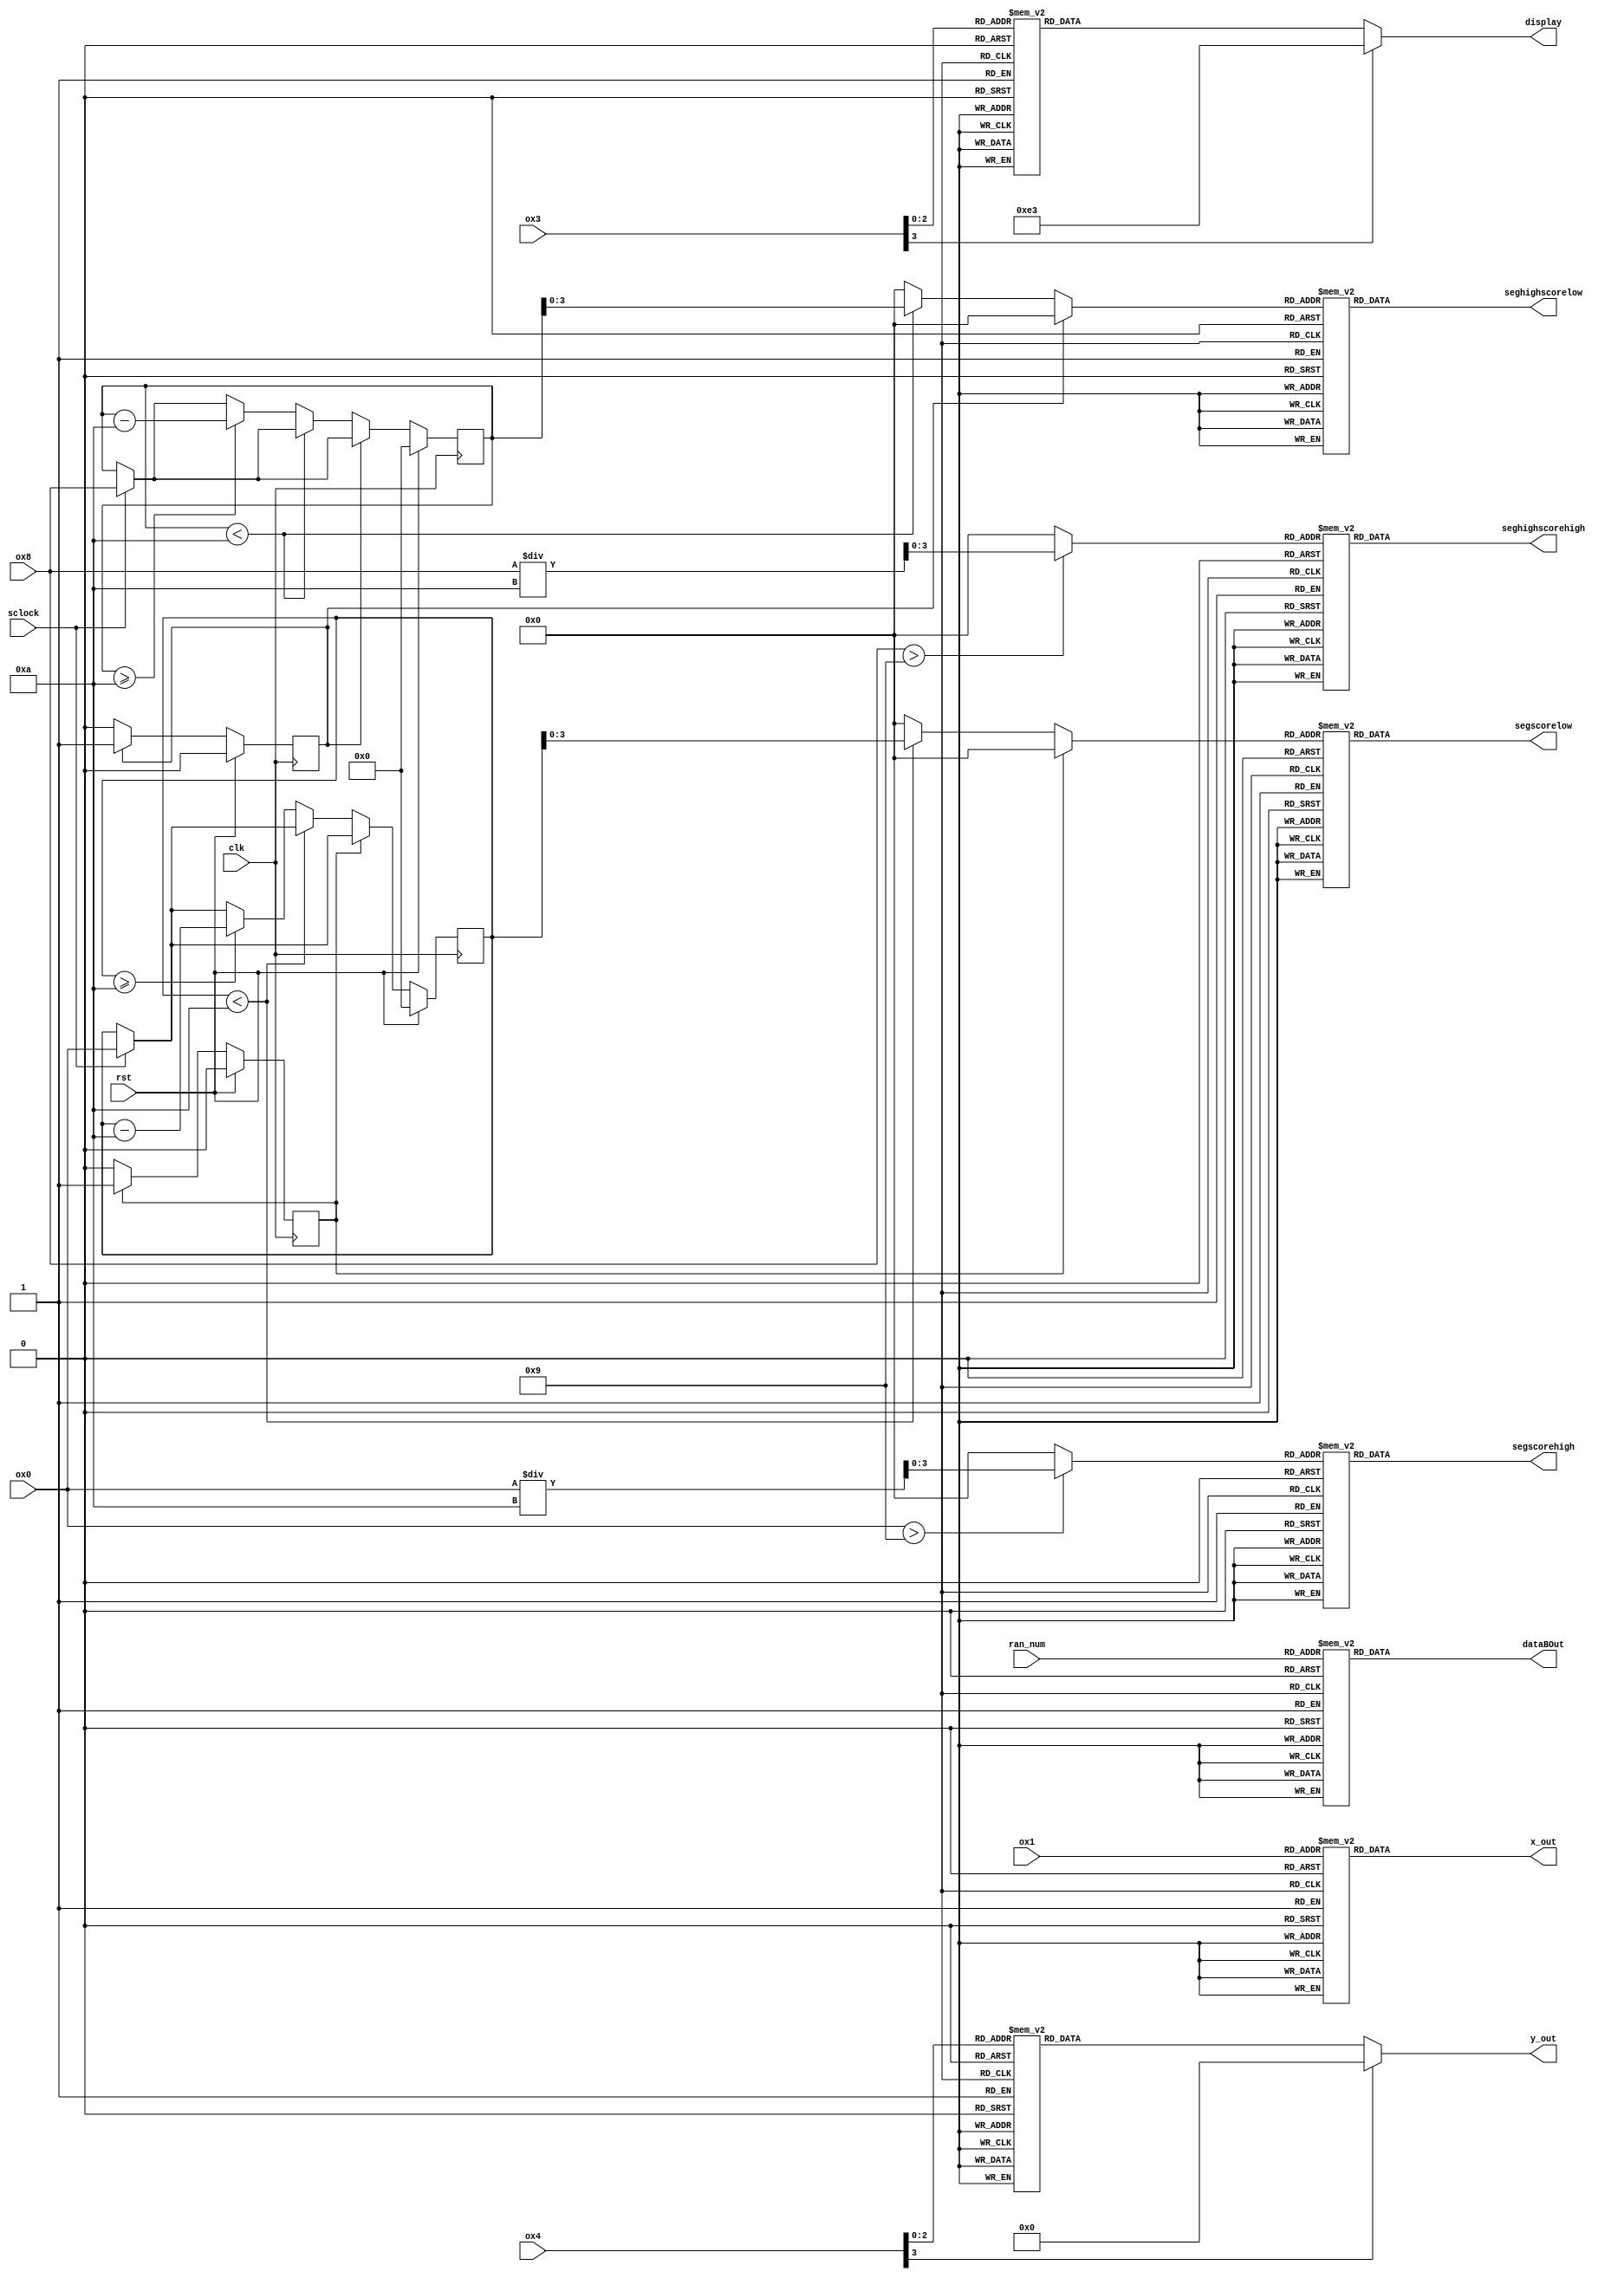
/*
   This file was generated automatically by Alchitry Labs version 1.2.7.
   Do not edit this file directly. Instead edit the original Lucid source.
   This is a temporary file and any changes made to it will be destroyed.
*/

module display_unit_5 (
    input clk,
    input rst,
    input sclock,
    input [2:0] ran_num,
    input [3:0] ox3,
    input [3:0] ox4,
    input [2:0] ox1,
    input [6:0] ox0,
    input [6:0] ox8,
    output reg [7:0] display,
    output reg [11:0] dataBOut,
    output reg [7:0] y_out,
    output reg [7:0] x_out,
    output reg [6:0] segscorelow,
    output reg [6:0] segscorehigh,
    output reg [6:0] seghighscorelow,
    output reg [6:0] seghighscorehigh
  );
  
  
  
  localparam ZERO = 7'h40;
  
  localparam ONE = 7'h79;
  
  localparam TWO = 7'h24;
  
  localparam THREE = 7'h30;
  
  localparam FOUR = 7'h19;
  
  localparam FIVE = 7'h12;
  
  localparam SIX = 7'h02;
  
  localparam SEVEN = 7'h78;
  
  localparam EIGHT = 7'h00;
  
  localparam NINE = 7'h18;
  
  localparam OFF = 7'h7f;
  
  localparam ID0 = 4'h0;
  
  localparam ID0_LEFT = 4'h0;
  
  localparam ID0_RIGHT = 4'h4;
  
  localparam ID0_DISPLAY = 8'h8f;
  
  localparam ID1 = 4'h1;
  
  localparam ID1_LEFT = 4'h3;
  
  localparam ID1_RIGHT = 4'h7;
  
  localparam ID1_DISPLAY = 8'hf1;
  
  localparam ID2 = 4'h2;
  
  localparam ID2_LEFT = 4'h2;
  
  localparam ID2_RIGHT = 4'h6;
  
  localparam ID2_DISPLAY = 8'he3;
  
  localparam ID3 = 4'h3;
  
  localparam ID3_LEFT = 4'h1;
  
  localparam ID3_RIGHT = 4'h4;
  
  localparam ID3_DISPLAY = 8'hcf;
  
  localparam ID4 = 4'h4;
  
  localparam ID4_LEFT = 4'h3;
  
  localparam ID4_RIGHT = 4'h8;
  
  localparam ID4_DISPLAY = 8'hf0;
  
  localparam ID5 = 4'h5;
  
  localparam ID5_LEFT = 4'h5;
  
  localparam ID5_RIGHT = 4'h8;
  
  localparam ID5_DISPLAY = 8'hfc;
  
  localparam ID6 = 4'h6;
  
  localparam ID6_LEFT = 4'h5;
  
  localparam ID6_RIGHT = 4'h7;
  
  localparam ID6_DISPLAY = 8'hfd;
  
  localparam ID7 = 4'h7;
  
  localparam ID7_LEFT = 4'h0;
  
  localparam ID7_RIGHT = 4'h2;
  
  localparam ID7_DISPLAY = 8'hbf;
  
  reg [6:0] M_valscore_d, M_valscore_q = 1'h0;
  reg [6:0] M_valhighscore_d, M_valhighscore_q = 1'h0;
  reg [6:0] M_storescore_d, M_storescore_q = 1'h0;
  reg [6:0] M_storehighscore_d, M_storehighscore_q = 1'h0;
  localparam S0_scoreloop = 1'd0;
  localparam S1_scoreloop = 1'd1;
  
  reg M_scoreloop_d, M_scoreloop_q = S0_scoreloop;
  localparam S0_highscoreloop = 1'd0;
  localparam S1_highscoreloop = 1'd1;
  
  reg M_highscoreloop_d, M_highscoreloop_q = S0_highscoreloop;
  
  reg [3:0] lowbit_a;
  
  reg [3:0] highbit_a;
  
  reg [3:0] lowbit_b;
  
  reg [3:0] highbit_b;
  
  always @* begin
    M_highscoreloop_d = M_highscoreloop_q;
    M_scoreloop_d = M_scoreloop_q;
    M_valscore_d = M_valscore_q;
    M_valhighscore_d = M_valhighscore_q;
    
    seghighscorelow = 1'h0;
    seghighscorehigh = 1'h0;
    segscorelow = 1'h0;
    segscorehigh = 1'h0;
    lowbit_a = 1'h0;
    highbit_a = 1'h0;
    lowbit_b = 1'h0;
    highbit_b = 1'h0;
    display = 1'h0;
    dataBOut = 1'h0;
    y_out = 1'h0;
    x_out = 1'h0;
    
    case (ran_num)
      4'h0: begin
        dataBOut[0+3-:4] = 4'h0;
        dataBOut[4+3-:4] = 4'h0;
        dataBOut[8+3-:4] = 4'h4;
      end
      4'h1: begin
        dataBOut[0+3-:4] = 4'h1;
        dataBOut[4+3-:4] = 4'h3;
        dataBOut[8+3-:4] = 4'h7;
      end
      4'h2: begin
        dataBOut[0+3-:4] = 4'h2;
        dataBOut[4+3-:4] = 4'h2;
        dataBOut[8+3-:4] = 4'h6;
      end
      4'h3: begin
        dataBOut[0+3-:4] = 4'h3;
        dataBOut[4+3-:4] = 4'h1;
        dataBOut[8+3-:4] = 4'h4;
      end
      4'h4: begin
        dataBOut[0+3-:4] = 4'h4;
        dataBOut[4+3-:4] = 4'h3;
        dataBOut[8+3-:4] = 4'h8;
      end
      4'h5: begin
        dataBOut[0+3-:4] = 4'h5;
        dataBOut[4+3-:4] = 4'h5;
        dataBOut[8+3-:4] = 4'h8;
      end
      4'h6: begin
        dataBOut[0+3-:4] = 4'h6;
        dataBOut[4+3-:4] = 4'h5;
        dataBOut[8+3-:4] = 4'h7;
      end
      4'h7: begin
        dataBOut[0+3-:4] = 4'h7;
        dataBOut[4+3-:4] = 4'h0;
        dataBOut[8+3-:4] = 4'h2;
      end
      default: begin
        dataBOut[0+3-:4] = 4'h2;
        dataBOut[4+3-:4] = 4'h2;
        dataBOut[8+3-:4] = 4'h6;
      end
    endcase
    
    case (ox3)
      4'h0: begin
        display = 8'h8f;
      end
      4'h1: begin
        display = 8'hf1;
      end
      4'h2: begin
        display = 8'he3;
      end
      4'h3: begin
        display = 8'hcf;
      end
      4'h4: begin
        display = 8'hf0;
      end
      4'h5: begin
        display = 8'hfc;
      end
      4'h6: begin
        display = 8'hfd;
      end
      4'h7: begin
        display = 8'hbf;
      end
      default: begin
        display = 8'he3;
      end
    endcase
    
    case (ox4)
      4'h7: begin
        y_out = 8'h3f;
      end
      4'h6: begin
        y_out = 8'h5f;
      end
      4'h5: begin
        y_out = 8'h6f;
      end
      4'h4: begin
        y_out = 8'h77;
      end
      4'h3: begin
        y_out = 8'h7b;
      end
      4'h2: begin
        y_out = 8'h7d;
      end
      4'h1: begin
        y_out = 8'h7e;
      end
      4'h0: begin
        y_out = 8'h7f;
      end
    endcase
    
    case (ox1)
      3'h0: begin
        x_out = 8'h80;
      end
      3'h1: begin
        x_out = 8'h40;
      end
      3'h2: begin
        x_out = 8'h20;
      end
      3'h3: begin
        x_out = 8'h10;
      end
      3'h4: begin
        x_out = 8'h08;
      end
      3'h5: begin
        x_out = 8'h04;
      end
      3'h6: begin
        x_out = 8'h02;
      end
      3'h7: begin
        x_out = 8'h01;
      end
    endcase
    if (sclock == 1'h1) begin
      M_valscore_d = ox0;
      M_valhighscore_d = ox8;
    end
    if (ox0 > 4'h9) begin
      highbit_a = ox0 / 4'ha;
    end else begin
      highbit_a = 1'h0;
    end
    if (ox8 > 4'h9) begin
      highbit_b = ox8 / 4'ha;
    end else begin
      highbit_b = 1'h0;
    end
    
    case (M_scoreloop_q)
      S0_scoreloop: begin
        if (M_valscore_q < 4'ha) begin
          lowbit_a = M_valscore_q;
        end else begin
          if (M_valscore_q >= 4'ha) begin
            M_valscore_d = M_valscore_q - 4'ha;
            M_scoreloop_d = S0_scoreloop;
          end
        end
      end
    endcase
    
    case (M_highscoreloop_q)
      S0_highscoreloop: begin
        if (M_valhighscore_q < 4'ha) begin
          lowbit_b = M_valhighscore_q;
        end else begin
          if (M_valhighscore_q >= 4'ha) begin
            M_valhighscore_d = M_valhighscore_q - 4'ha;
            M_highscoreloop_d = S0_highscoreloop;
          end
        end
      end
    endcase
    
    case (lowbit_a)
      4'h0: begin
        segscorelow = 7'h40;
      end
      4'h1: begin
        segscorelow = 7'h79;
      end
      4'h2: begin
        segscorelow = 7'h24;
      end
      4'h3: begin
        segscorelow = 7'h30;
      end
      4'h4: begin
        segscorelow = 7'h19;
      end
      4'h5: begin
        segscorelow = 7'h12;
      end
      4'h6: begin
        segscorelow = 7'h02;
      end
      4'h7: begin
        segscorelow = 7'h78;
      end
      4'h8: begin
        segscorelow = 7'h00;
      end
      4'h9: begin
        segscorelow = 7'h18;
      end
      default: begin
        segscorelow = 7'h7f;
      end
    endcase
    
    case (highbit_a)
      4'h0: begin
        segscorehigh = 7'h40;
      end
      4'h1: begin
        segscorehigh = 7'h79;
      end
      4'h2: begin
        segscorehigh = 7'h24;
      end
      4'h3: begin
        segscorehigh = 7'h30;
      end
      4'h4: begin
        segscorehigh = 7'h19;
      end
      4'h5: begin
        segscorehigh = 7'h12;
      end
      4'h6: begin
        segscorehigh = 7'h02;
      end
      4'h7: begin
        segscorehigh = 7'h78;
      end
      4'h8: begin
        segscorehigh = 7'h00;
      end
      4'h9: begin
        segscorehigh = 7'h18;
      end
      default: begin
        segscorehigh = 7'h7f;
      end
    endcase
    
    case (lowbit_b)
      4'h0: begin
        seghighscorelow = 7'h40;
      end
      4'h1: begin
        seghighscorelow = 7'h79;
      end
      4'h2: begin
        seghighscorelow = 7'h24;
      end
      4'h3: begin
        seghighscorelow = 7'h30;
      end
      4'h4: begin
        seghighscorelow = 7'h19;
      end
      4'h5: begin
        seghighscorelow = 7'h12;
      end
      4'h6: begin
        seghighscorelow = 7'h02;
      end
      4'h7: begin
        seghighscorelow = 7'h78;
      end
      4'h8: begin
        seghighscorelow = 7'h00;
      end
      4'h9: begin
        seghighscorelow = 7'h18;
      end
      default: begin
        seghighscorelow = 7'h7f;
      end
    endcase
    
    case (highbit_b)
      4'h0: begin
        seghighscorehigh = 7'h40;
      end
      4'h1: begin
        seghighscorehigh = 7'h79;
      end
      4'h2: begin
        seghighscorehigh = 7'h24;
      end
      4'h3: begin
        seghighscorehigh = 7'h30;
      end
      4'h4: begin
        seghighscorehigh = 7'h19;
      end
      4'h5: begin
        seghighscorehigh = 7'h12;
      end
      4'h6: begin
        seghighscorehigh = 7'h02;
      end
      4'h7: begin
        seghighscorehigh = 7'h78;
      end
      4'h8: begin
        seghighscorehigh = 7'h00;
      end
      4'h9: begin
        seghighscorehigh = 7'h18;
      end
      default: begin
        seghighscorehigh = 7'h7f;
      end
    endcase
  end
  
  always @(posedge clk) begin
    if (rst == 1'b1) begin
      M_valscore_q <= 1'h0;
      M_valhighscore_q <= 1'h0;
      M_storescore_q <= 1'h0;
      M_storehighscore_q <= 1'h0;
      M_scoreloop_q <= 1'h0;
      M_highscoreloop_q <= 1'h0;
    end else begin
      M_valscore_q <= M_valscore_d;
      M_valhighscore_q <= M_valhighscore_d;
      M_storescore_q <= M_storescore_d;
      M_storehighscore_q <= M_storehighscore_d;
      M_scoreloop_q <= M_scoreloop_d;
      M_highscoreloop_q <= M_highscoreloop_d;
    end
  end
  
endmodule